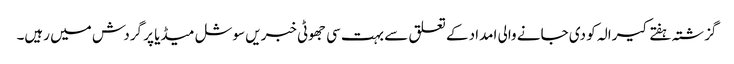
گزشتہ ہفتے کیرالہ کو دی جانے والی امداد کے تعلق سے بہت سی جھوٹی خبریں سوشل میڈیا پر گردش میں رہیں۔